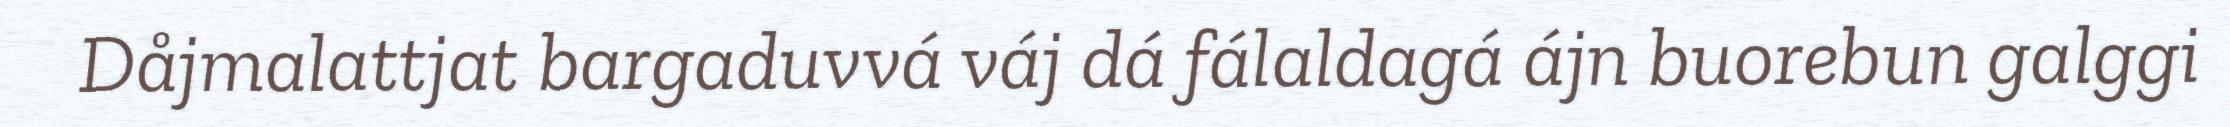
Dåjmalattjat bargaduvvá váj dá fálaldagá ájn buorebun galggi